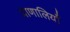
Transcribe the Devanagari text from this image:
प्राणालियाँ